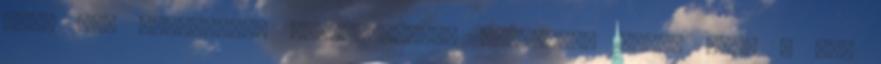
hogy nem ugyanolyan intenzitással dolgozunk egész nap. A jól